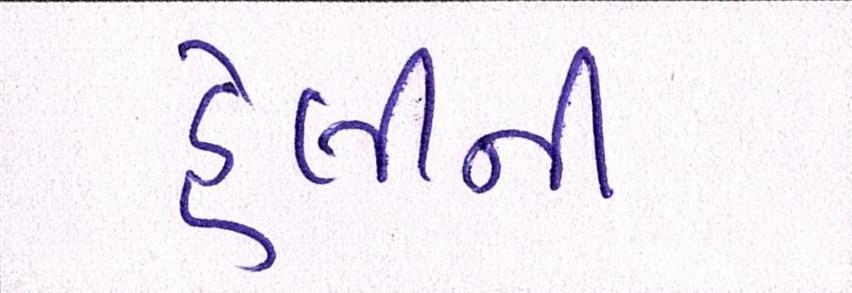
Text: હેલીની